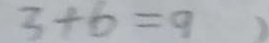
3 + 6 = 9